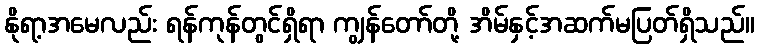
နိုရာ့အမေလည်း ရန်ကုန်တွင်ရှိရာ ကျွန်တော်တို့ အိမ်နှင့်အဆက်မပြတ်ရှိသည်။